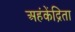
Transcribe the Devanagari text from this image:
अहंकेंद्रिता